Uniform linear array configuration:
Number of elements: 16
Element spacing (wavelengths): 0.25
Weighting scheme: hann
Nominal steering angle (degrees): -60
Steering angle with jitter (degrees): -60.614
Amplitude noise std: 0.05
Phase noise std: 0.05

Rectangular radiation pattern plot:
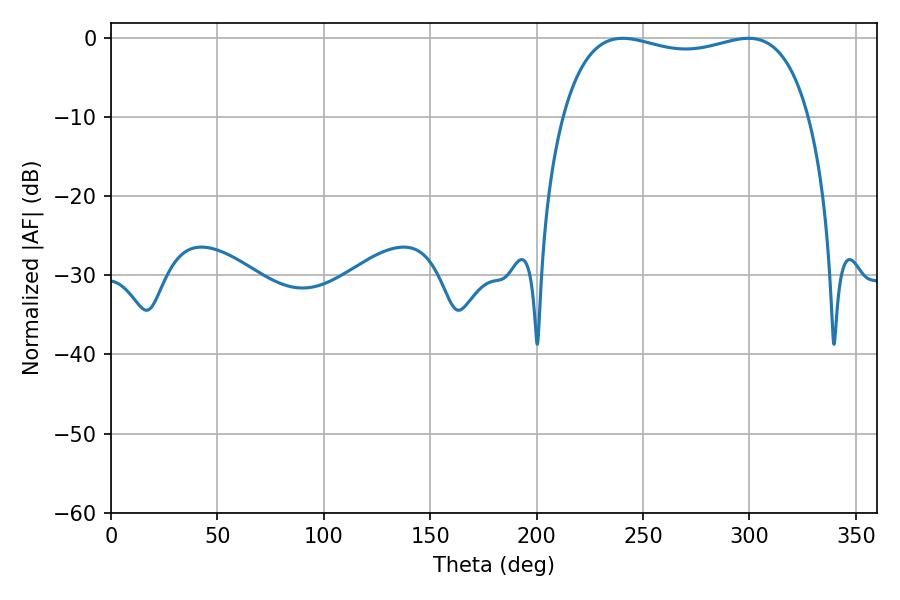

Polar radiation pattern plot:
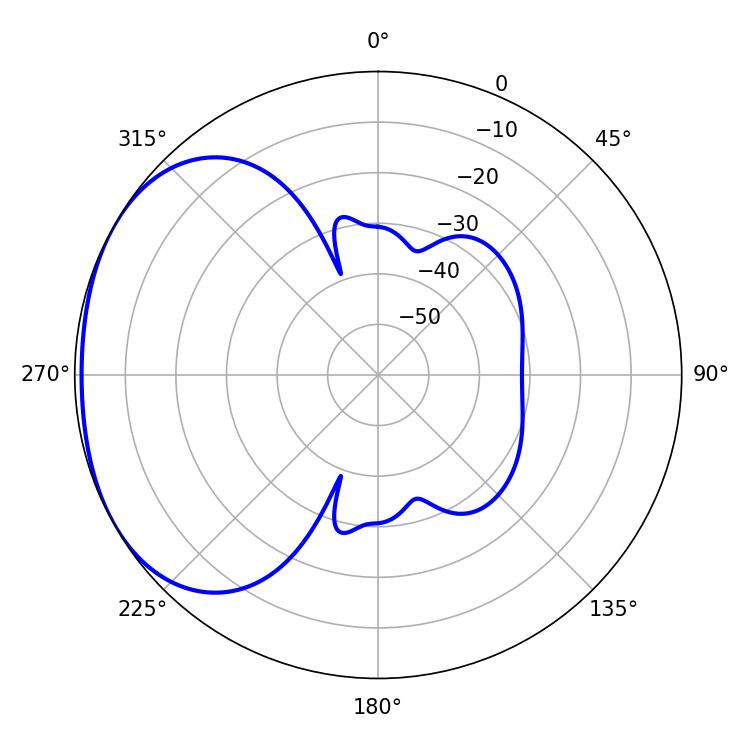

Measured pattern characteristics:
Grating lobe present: FALSE
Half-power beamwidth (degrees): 94.32
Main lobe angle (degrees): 240.48